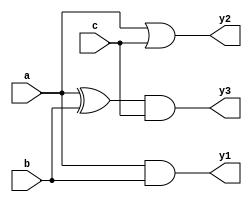
module combinational_logic (
    input wire a,
    input wire b,
    input wire c,
    output reg y1,
    output reg y2,
    output reg y3
);

// Always block for combinational logic
always @ (a or b or c) begin
    // Default values
    y1 = 1'b0;
    y2 = 1'b0;
    y3 = 1'b0;

    // Combinational logic assignments
    y1 = a & b;           // AND operation
    y2 = a | c;           // OR operation
    y3 = (a ^ b) & c;     // XOR followed by AND with c
end

endmodule